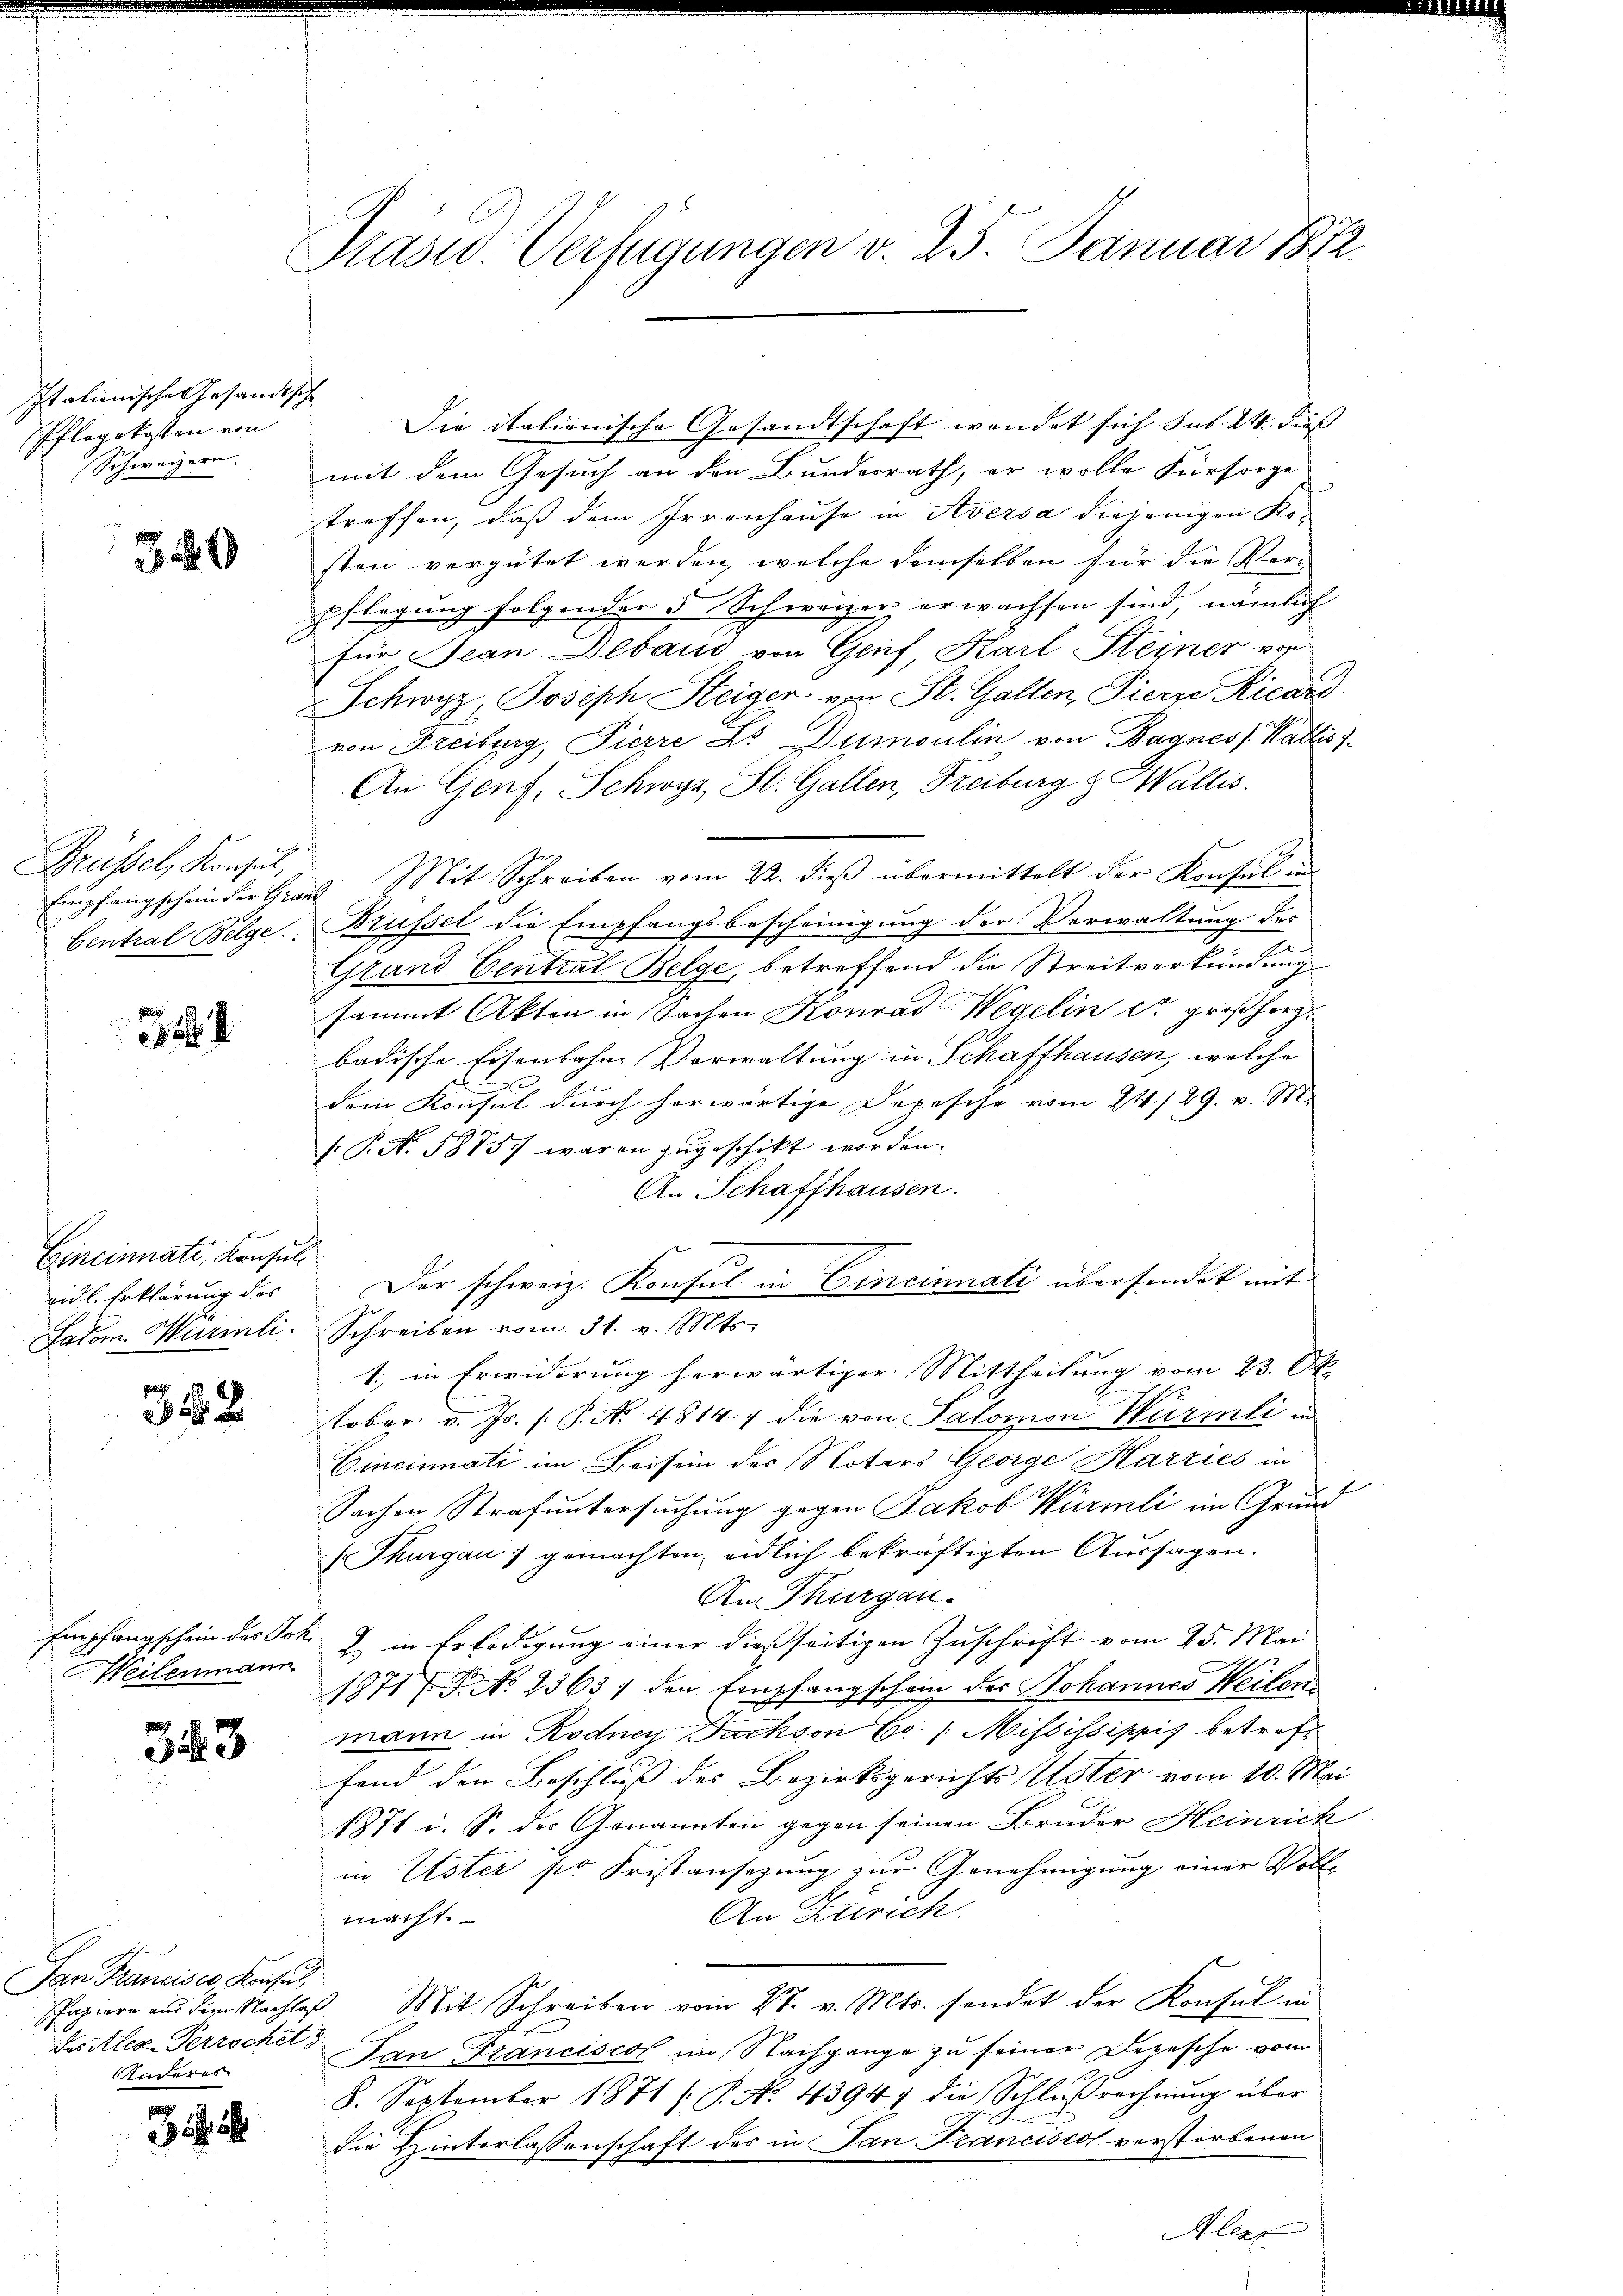
Itationische Gesandts
Pflegekosten von
Schweizern. |

39

Grüssel, Konsul,
Empfangschein der Gra
Central Belge

8

x
Cincinnati, Konsul
eidl. Erklärung des
Satom. Murinli

342

Empfangschein des Son
Meilenmann

343

San Francises, Konsul
des Alex-Perrochet z
Anderes

3

Pasid. Verfügungen v. 25. Januar 1812.

c
Die italienische Gesandtschaft wendet sich sub. 24. dies
mit dem Gesuch an den Bundesrath, er wolle Fürsorge
treffen, daß dem Irrenhause in Aversa diejenigen Ko-
sten vergütet werden, welche demselben für die Verpflegung folgender 5 Schweizer erwachsen sind, nämlich
Für Jean Debaus von Grief, Karl Kleiner von
Schwyz, Joseph Steiger von St. Gallen, Pierre Ricars
von Freiburg, Pierre Dr. Dumoulin von Bagnes Wallis 1
An Genf, Schwyz, St. Gallen, Freiburg & Wallis.
2. Mit Schreiben vom 22. dieß übermittelt der Konsul in
Brüssel die Empfangsbescheinigung der Verwaltung des
Grand Central Belge, betreffend die Streitverkündung
sammt Akten in Sachen Konrad Wegelin er großherz
badische Eisenbahne Verwaltung in Schaffhausen, welche
dem Konsul durch herwärtige Depesche vom 24./29. v. M.
P.N. 5875) waren zugeschikt worden.
An Schaffhausen.
Schreiben vom 31. v. Mts.
1.) in Erwiderung herwärtiger Mittheilung vom 23. Ok-
tober v. Js. (T. No 4814, die von Salomon Würmli in
Cincinati im Beisein der Notars George Harries in
Sachen Strafuntersuchung gegen Jakob Würmli im Grund
(Thurgau) gemachten, eidlich bekräftigten Aussagen.
An Thurgau.
2. in Erledigung einer dießseitigen Zuschrift vom 25. Mai
1871 f. P. No 2363 / den Empfangschein des Johannes Weilen
mann in Kodney Dachson Er / Mississippis betreff
fand den Beschluß des Bezirksgerichts Uster vom 10. Mai
1871 i. S. der Genannten gegen seinen Bruder Heinrich
in Uster pr Fristansezung zur Genehmigung einer Voll-
.
An Zürich.
macht
Papiere aŭs dem Nachlaβ Mit Schreiben vom 27. v. Mts. sendet der Konsul in
Tan Franciscos im Nachgange zu seiner Depesche vom
8. September 1871 /: P. No. 4394: die Schlußrechnung über
die Hinterlassenschaft des in San Franciscol verstorbenen
Alezz

Der schweiz. Konsul in Cincinnati überfindet mit